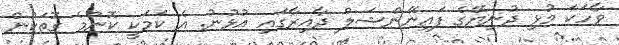
ވާހަކަ މުޅި ދުނިޔޭގެ ފައިނޭންޝަލް ދާއިރާގައި އުޅުނު. އެ ކަމަކީ ކޮންމެ ގޮތަކުން